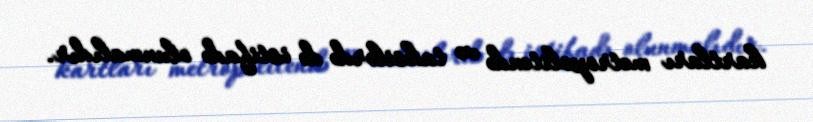
kartları metropolitendə və taksilərdə də istifadə olunmalıdır.